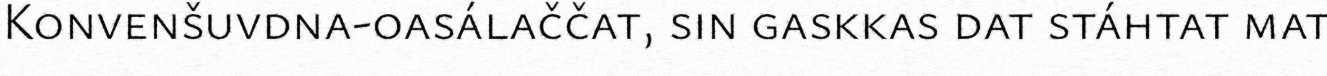
Konvenšuvdna-oasálaččat, sin gaskkas dat stáhtat mat